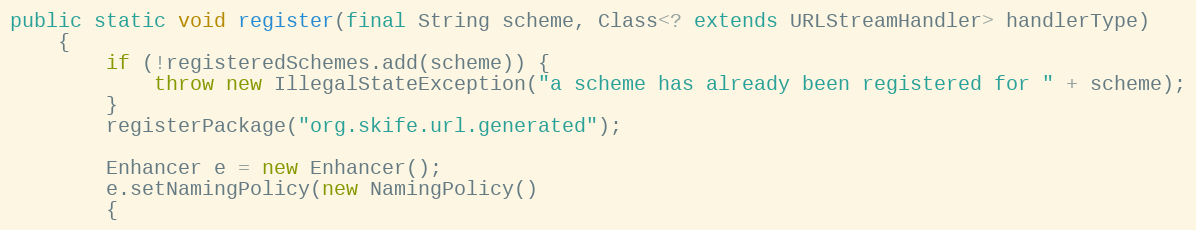
Language: Java
public static void register(final String scheme, Class<? extends URLStreamHandler> handlerType)
    {
        if (!registeredSchemes.add(scheme)) {
            throw new IllegalStateException("a scheme has already been registered for " + scheme);
        }
        registerPackage("org.skife.url.generated");

        Enhancer e = new Enhancer();
        e.setNamingPolicy(new NamingPolicy()
        {